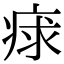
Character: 𤶩